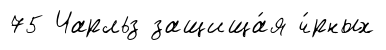
75 Чарльз защища́я ч́рных